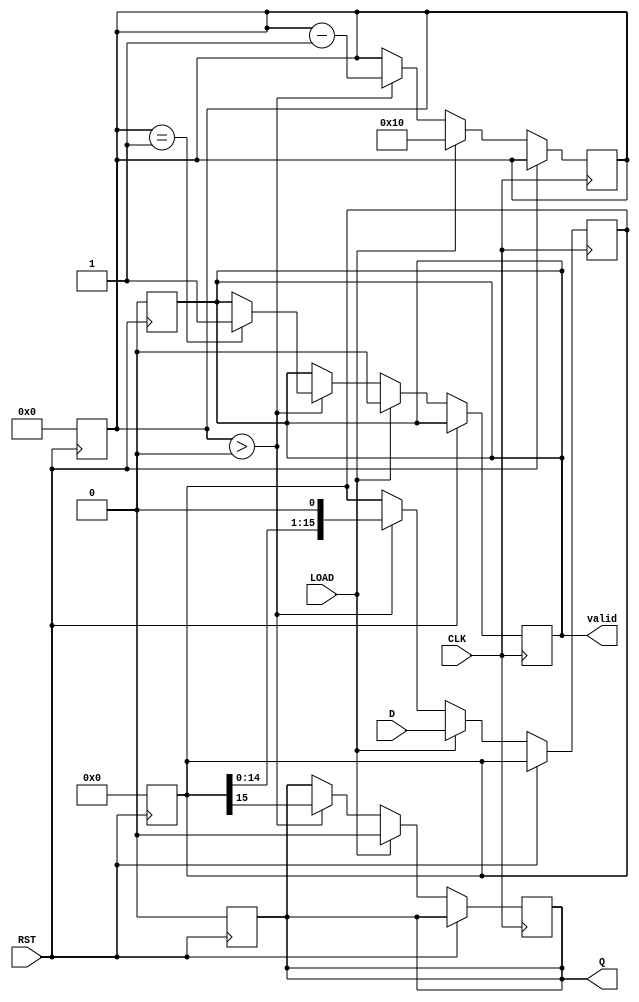
module PISO_Register (
    input wire [15:0] D,      // 16-bit parallel data input
    input wire LOAD,          // Load control signal
    input wire CLK,           // Clock signal
    input wire RST,           // Reset signal
    output reg Q,             // Serial output
    output reg valid          // Output valid signal
);

    reg [15:0] internal_reg;  // Internal register to hold the data
    reg [4:0] bit_count;      // Counter to track the number of bits shifted out

    // Asynchronous reset
    always @(posedge RST) begin
        internal_reg <= 16'b0; // Clear the internal register
        Q <= 1'b0;              // Clear the output
        valid <= 1'b0;          // Clear valid signal
        bit_count <= 5'b0;      // Reset bit counter
    end

    // Main operation
    always @(posedge CLK) begin
        if (RST) begin
            // Reset state handled above
        end else if (LOAD) begin
            // Load data into the internal register
            internal_reg <= D;    // Load parallel data
            Q <= 1'b0;             // Output is stable until shifting starts
            valid <= 1'b0;         // Output is not valid yet
            bit_count <= 5'd16;    // Set bit count to 16 for shifting
        end else if (bit_count > 0) begin
            // Shift operation
            Q <= internal_reg[15]; // Output the MSB
            internal_reg <= {internal_reg[14:0], 1'b0}; // Shift left
            bit_count <= bit_count - 1; // Decrement bit count
            if (bit_count == 1) begin
                valid <= 1'b1; // Set valid signal when last bit is shifted out
            end
        end
    end

endmodule